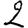
Digit: 2